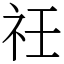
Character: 祍